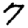
Digit: 7